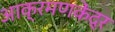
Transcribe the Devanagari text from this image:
आक्रमणकेंद्र